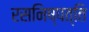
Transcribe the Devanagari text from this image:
रसनिष्पत्ति